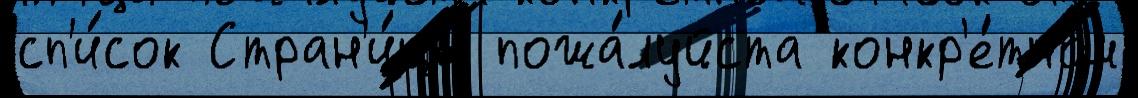
сп'и́сок Стран'и́цы пожа́луйста конкр'е́тном